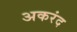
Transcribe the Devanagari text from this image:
अकरंद